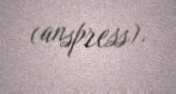
(anspress).